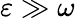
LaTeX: \varepsilon\gg\omega